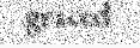
graced